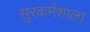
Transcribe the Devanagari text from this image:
सुरकर्मशाला